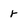
Character: r